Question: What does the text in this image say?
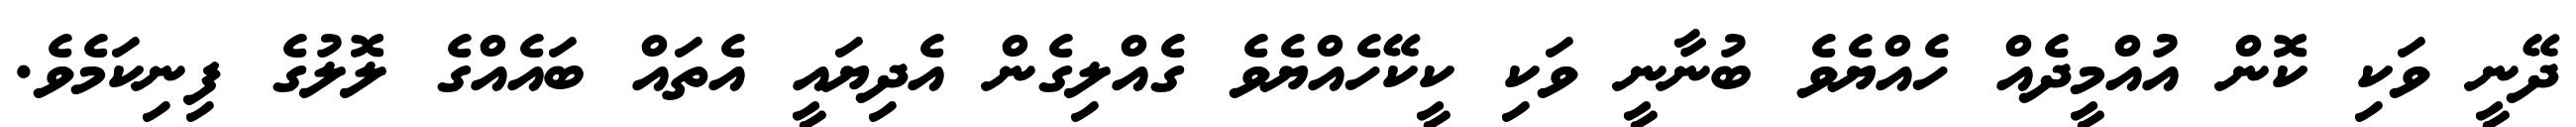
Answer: ދޭނީ ވަކި ކޮން އުއްމީދެއް ހެއްޔެވެ ބުނާނީ ވަކި ކީކޭހެއްޔެވެ ގެއްލިގެން އެދިޔައީ އެތައް ބައެއްގެ ލޮލުގެ ފިނިކަމެވެ.